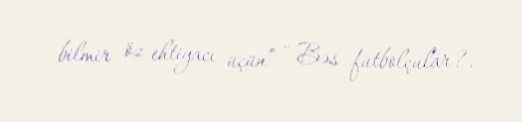
bilmir öz ehtiyacı üçün” - Bəs futbolçular?.